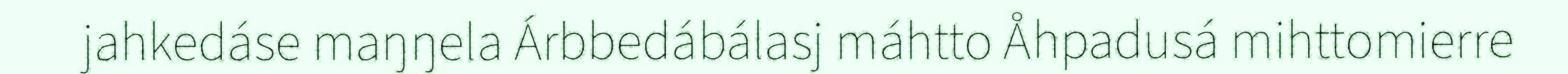
jahkedáse maŋŋela Árbbedábálasj máhtto Åhpadusá mihttomierre